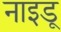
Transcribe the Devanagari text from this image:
नाइडू